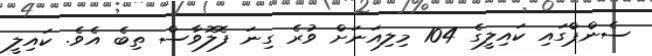
ސެންޕްގައި ކައިލީގެ 104 މިލިއަނަށް ވުރެ ގިނަ ފޮލޮވާސް ތިބެ އެވެ. ކައިލީ